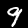
Label: 9